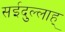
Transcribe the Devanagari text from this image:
सईदुल्लाह्